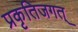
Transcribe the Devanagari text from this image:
प्रकृतिजगत्‌